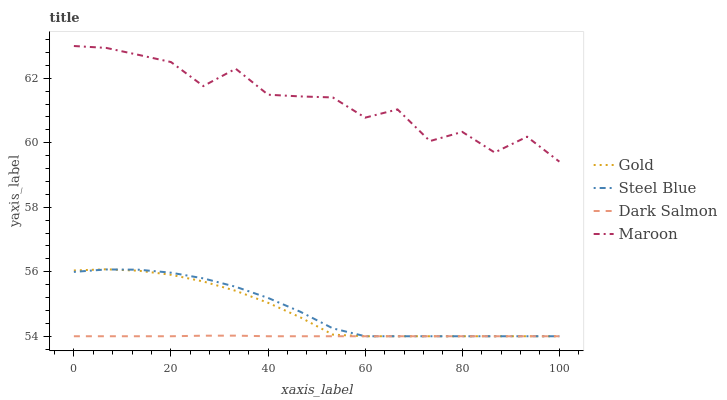
| xaxis_label | Gold | Steel Blue | Dark Salmon | Maroon |
 | --- | --- | --- | --- | --- |
 | 0 | 56 | 56 | 54 | 63 |
 | 6.67 | 56.1 | 56.1 | 54 | 62.9 |
 | 13.3 | 56 | 56.1 | 54 | 62.7 |
 | 20 | 55.9 | 56 | 54 | 62.5 |
 | 26.7 | 55.7 | 55.8 | 54 | 61.8 |
 | 33.3 | 55.4 | 55.5 | 54 | 62.3 |
 | 40 | 55 | 55.2 | 54 | 61.5 |
 | 46.7 | 54.6 | 54.8 | 54 | 61.4 |
 | 53.3 | 54 | 54.2 | 54 | 61.4 |
 | 60 | 54 | 54 | 54 | 60.8 |
 | 66.7 | 54 | 54 | 54 | 61 |
 | 73.3 | 54 | 54 | 54 | 60.1 |
 | 80 | 54 | 54 | 54 | 60.3 |
 | 86.7 | 54 | 54 | 54 | 59.7 |
 | 93.3 | 54 | 54 | 54 | 60.2 |
 | 100 | 54 | 54 | 54 | 59.4 |